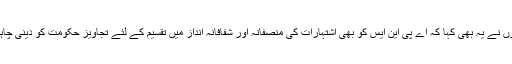
انہوں نے یہ بھی کہا کہ اے پی این ایس کو بھی اشتہارات کی منصفانہ اور شفافانہ انداز میں تقسیم کے لئے تجاویز حکومت کو دینی چاہیں۔